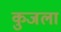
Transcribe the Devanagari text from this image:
कुजला